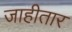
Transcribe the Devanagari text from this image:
जाहीतार